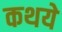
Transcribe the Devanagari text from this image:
कथये